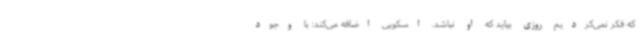
که فکر نمی‌کردیم روزی بیاید که او نباشد. اسکویی اضافه می‌کند: با وجود